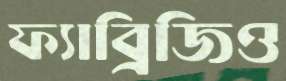
ফ্যাব্রিজিও